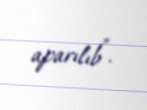
aparılıb".